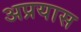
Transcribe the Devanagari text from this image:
अप्रयास